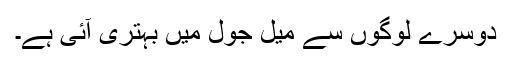
دوسرے لوگوں سے میل جول میں بہتری آئی ہے۔